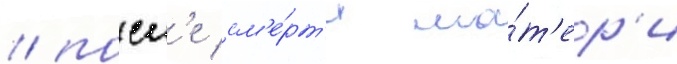
/ посл'е см'е́рт'и ма́т'ер'и